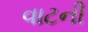
વાટની